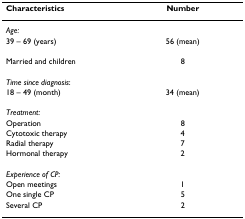
| Characteristics | Number |
 | --- | --- |
 | Age: |  |
 | 39 – 69 (years) | 56 (mean) |
 | Married and children | 8 |
 | Time since diagnosis: |  |
 | 18 – 49 (month) | 34 (mean) |
 | Treatment: |  |
 | Operation | 8 |
 | Cytotoxic therapy | 4 |
 | Radial therapy | 7 |
 | Hormonal therapy | 2 |
 | Experience of CP: |  |
 | Open meetings | 1 |
 | One single CP | 5 |
 | Several CP | 2 |